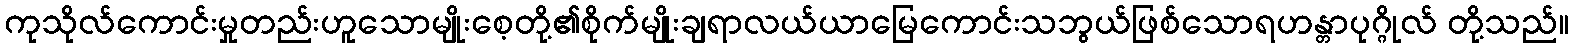
ကုသိုလ်ကောင်းမှုတည်းဟူသောမျိုးစေ့တို့၏စိုက်မျိုးချရာလယ်ယာမြေကောင်းသဘွယ်ဖြစ်သောရဟန္တာပုဂ္ဂိုလ် တို့သည်။